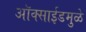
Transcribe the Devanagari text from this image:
ऑक्साईडमुळे